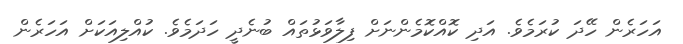
އަހަރެން ހޭދަ ކުރަމެވެ. އަދި ކޮއްކޮމެންނަށް ފިލާވަޅުތައް ބުނެދީ ހަދަމެވެ. ކުއްލިއަކަށް އަހަރެން